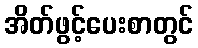
အိတ်ဖွင့်ပေးစာတွင်